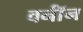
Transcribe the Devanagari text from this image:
वर्नॉन